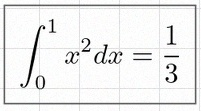
\int_0^1 x^2dx=\frac13